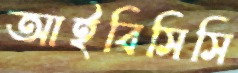
আইবিসিসি